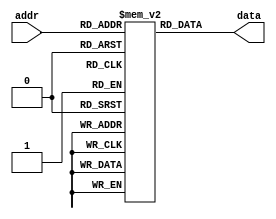
module parameterized_rom #(
    parameter ADDR_WIDTH = 4,   // Number of address bits
    parameter DATA_WIDTH = 8     // Width of the data
) (
    input  wire [ADDR_WIDTH-1:0] addr,  // Address input
    output reg  [DATA_WIDTH-1:0] data    // Data output
);

// ROM initialization with predefined values
reg [DATA_WIDTH-1:0] rom [(2**ADDR_WIDTH)-1:0];

// Initialize the ROM with hardcoded values
initial begin
    // Example initialization - this should be modified according to your requirements
    rom[0]  = 8'hAA;  // Address 0
    rom[1]  = 8'hBB;  // Address 1
    rom[2]  = 8'hCC;  // Address 2
    rom[3]  = 8'hDD;  // Address 3
    rom[4]  = 8'hEE;  // Address 4
    rom[5]  = 8'hFF;  // Address 5
    rom[6]  = 8'h00;  // Address 6
    rom[7]  = 8'h11;  // Address 7
    // Additional initialization can be done as needed
end

// Behavioral access to the ROM
always @(*) begin
    data = rom[addr];  // Output the data from the ROM based on the address
end

endmodule